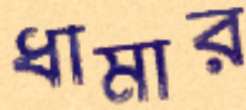
ধামার